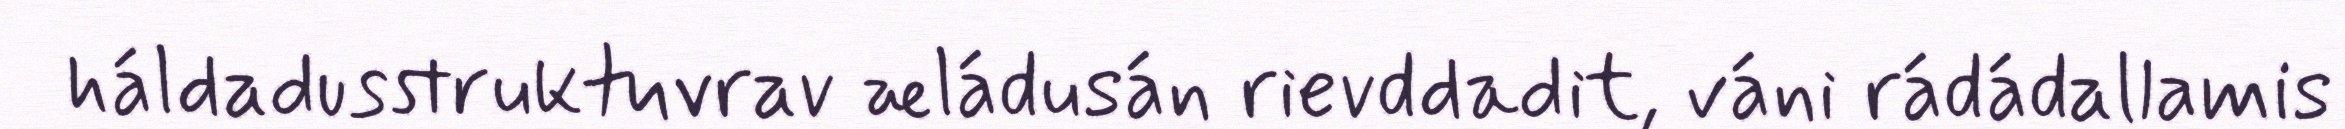
háldadusstruktuvrav æládusán rievddadit, váni rádádallamis